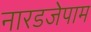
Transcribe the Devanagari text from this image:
नारडजेपाम